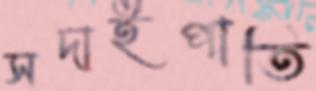
সদাইপাতি